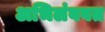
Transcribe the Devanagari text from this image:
अभिलंबवत